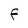
Character: F